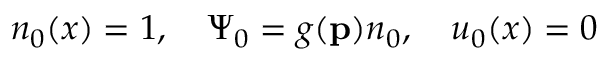
n _ { 0 } ( x ) = 1 , \quad \Psi _ { 0 } = g ( \mathbf { p } ) n _ { 0 } , \quad u _ { 0 } ( x ) = 0